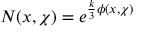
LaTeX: N ( x , \chi ) = e ^ { { \frac { k } { 3 } } \phi ( x , \chi ) }